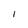
Character: l